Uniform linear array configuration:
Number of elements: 24
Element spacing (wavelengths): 1
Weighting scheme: binomial
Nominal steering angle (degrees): -45
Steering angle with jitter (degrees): -45.966
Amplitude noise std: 0.05
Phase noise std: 0.05

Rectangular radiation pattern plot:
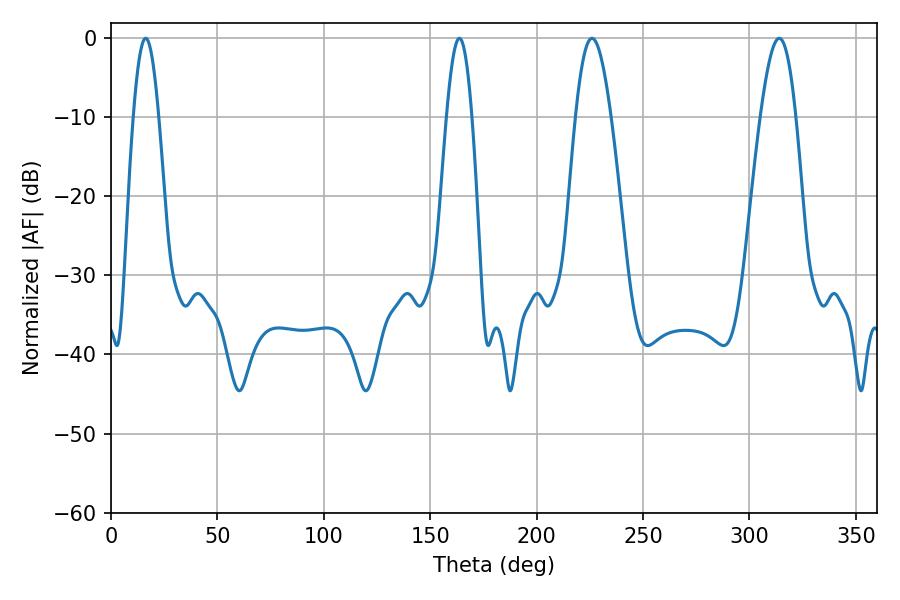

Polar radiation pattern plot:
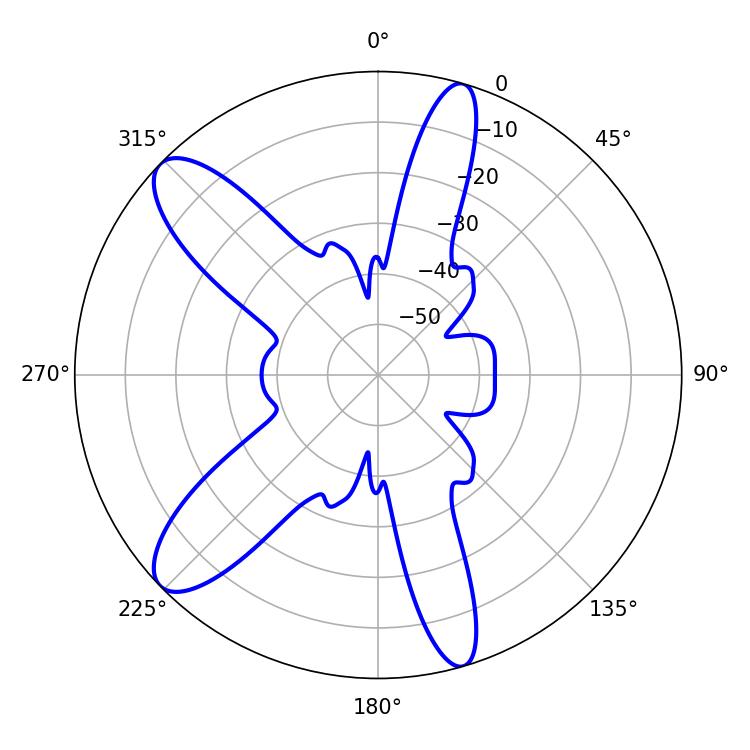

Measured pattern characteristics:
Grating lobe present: TRUE
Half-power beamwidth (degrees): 9
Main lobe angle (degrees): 226.08